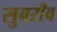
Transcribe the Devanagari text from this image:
सुबराँव